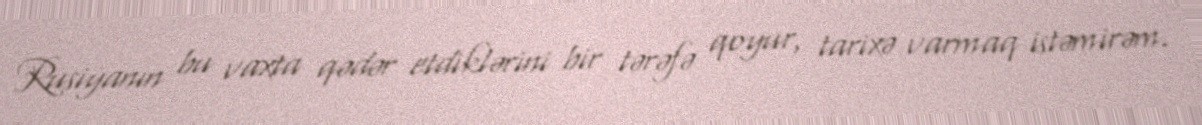
Rusiyanın bu vaxta qədər etdiklərini bir tərəfə qoyur, tarixə varmaq istəmirəm.